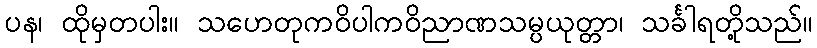
ပန၊ ထိုမှတပါး။ သဟေတုကဝိပါကဝိညာဏသမ္ပယုတ္တာ၊ သင်္ခါရတို့သည်။